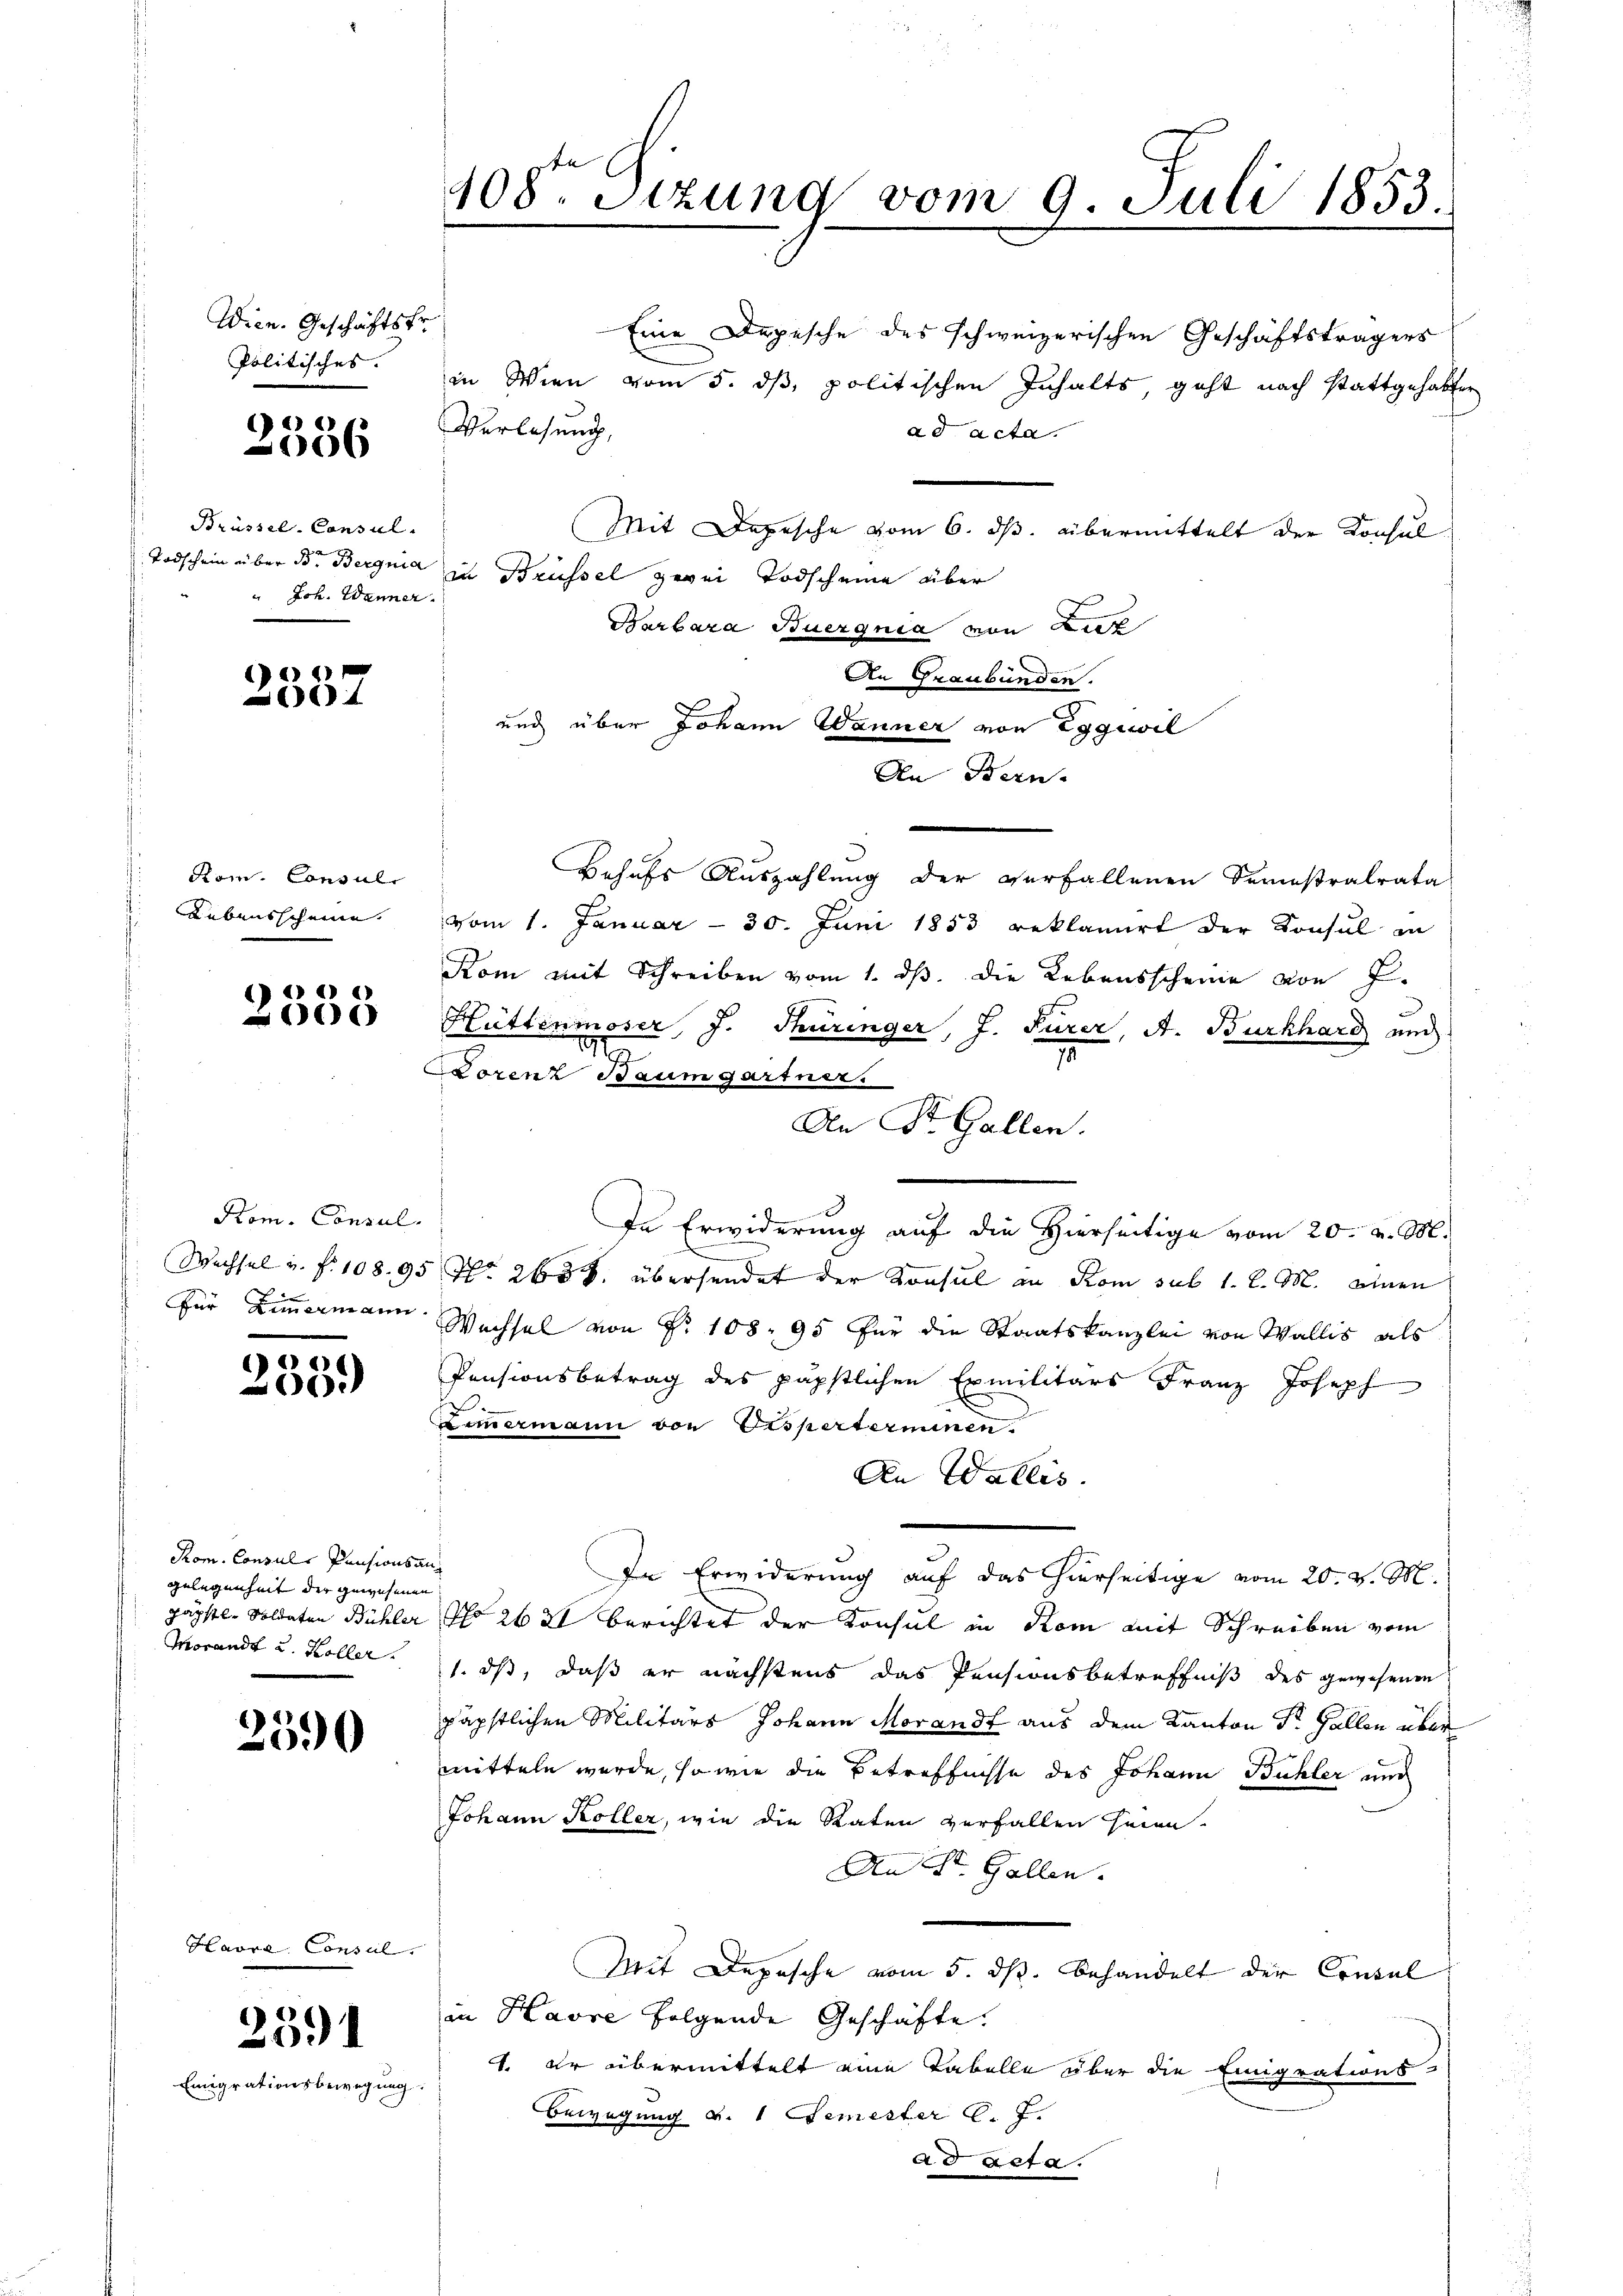
Wien. Geschäftsfr.
Politisches.

Emigr

e
06

Brüssel-Consul
Todschein über der Bergnia
" Joh. Wenner.

e
4

Kom. Consul
Lebensscheine.

2538

Kom. Consul
Wechsel v. fr. 108. 95
Für Zimmermann

e
06)

Rom. Consuls Pensionsan
gelegenheit der gewesenen
päpstl, Soldaten Bühler
Torandt u. Höller.

2590

Havre Consul

2391

weg nach

408te Sitzung vom 9. Juli 1853.

Eine Depische des schweizerischen Geschäftsträgers
in Wien vom 5. ds, politischen Inhalts geht nach stattgehabter
Verlesung,
ad acta.
Mit Depesche vom 6. ds. übermittelt der Konsul
in Brüssel zwei Todscheine über
Barbara Buezgnia von Liez
An Graubünden.
und über Johann Wanner von Eggiwil
An Bern-
Behufs Auszahlung der verfallenen Semestralrata
vom 1. Januar - 30. Juni 1853 reklamirt der Konsul in
Kom mit Schreiben vom 1. ds. die Lebensscheine von J.
Hüttenmoser, J. Turinger, J. Furer, A. Burkhard und
1
I
Lorenz Baumgartner.
An St. Gallen.
In Erwiderung auf die Hierseitige vom 20. v. M.
No. 265 S. übersendet der Konsul an Rom sub 1. d. M. einen
Wechsel von Nr. 108. 95 für die Staatskanzlei von Wallis als
Pensionsbetrag des päpstlichen Ermilitärs Franz Joseph
Limermann von Ersperterminen.
An Wallis.
In Erwiderung auf das hierseitige vom 20. v. M.
No 262 berichtet der Konsul in Kom mit Schreiben vom
1. ds, daß er nächstens das Pensionsbetreffniß des gewesenen
päpstlichen Militärs Johann Morandt aus dem Kanton Dr. Gallen über
mitteln wurde, so wie die Betreffnisse des Johann Bühler und
Johann Koller, wie die Raten verfallen seien.
An St. Gallen.
Mit Depesche vom 5. ds. behandelt der Consul
in Havre folgende Geschäfte.
4. Er übermittelt eine Tabelle über die Einigrations-
Bewegung v. 1 Semester C. J.
ad acta.